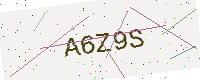
Text: A6Z9S